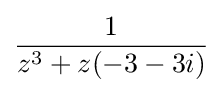
{\frac {1}{z^{3}+z(-3-3i)}}